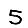
Digit: 5